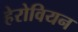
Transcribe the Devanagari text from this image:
हेरोवियन